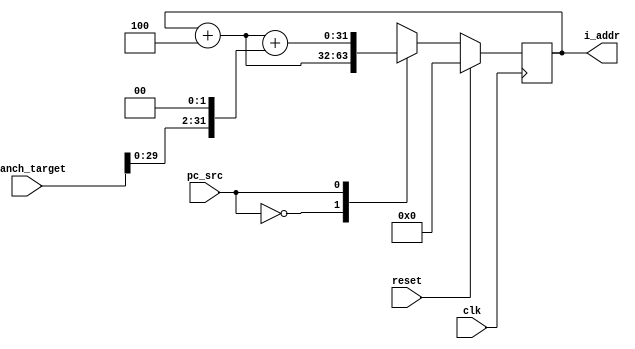
module program_sequencer(
    input clk,
    input reset,
    input pc_src,
    input [31:0] branch_target,
    output [31:0] i_addr
);

    reg [31:0] pc;

    /* Increment pc by 4 */
    wire [31:0] pc_incr;
    assign pc_incr = pc + 4;

    // pc source multiplexer
    always @(posedge clk) begin
        if(reset == 1'b1)
            pc = 32'd0;
        else
            case(pc_src)
                1'b0: pc = pc_incr;
                1'b1: pc = pc_incr + (branch_target << 2);
                default: pc = pc_incr;
            endcase
    end

    assign i_addr = pc;

endmodule